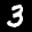
Label: 3